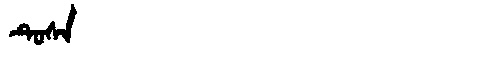
Manchu: ᡨᡠᠰᠠ
Romanization: TUSA